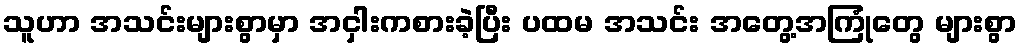
သူဟာ အသင်းများစွာမှာ အငှါးကစားခဲ့ပြီး ပထမ အသင်း အတွေ့အကြုံတွေ များစွာ